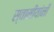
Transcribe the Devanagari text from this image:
स्वामीयांनी